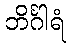
ဘိင်္ဂါရံ